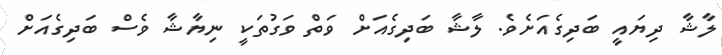
ލާޝާ ދިޔައީ ބަދިގެއަށެވެ. ލާޝާ ބަދިގެއަށް ވަތް ވަގުތަކީ ނިޔާޝާ ވެސް ބަދިގެއަށް